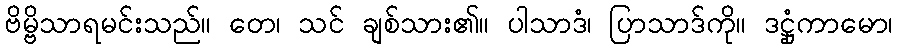
ဗိမ္ဗိသာရမင်းသည်။ တေ၊ သင် ချစ်သား၏။ ပါသာဒံ၊ ပြာသာဒ်ကို။ ဒဋ္ဌုံကာမော၊